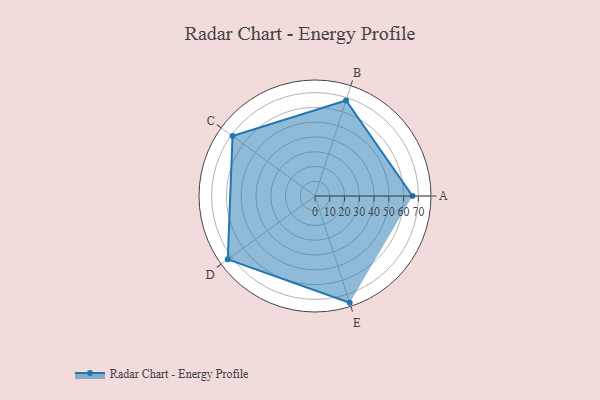
{"axis": {"x": "Skill", "y": "Score"}, "legend": ["Profile"], "data": [{"x": "A", "y": 66.0, "type": "Profile"}, {"x": "B", "y": 68.0, "type": "Profile"}, {"x": "C", "y": 69.0, "type": "Profile"}, {"x": "D", "y": 73.0, "type": "Profile"}, {"x": "E", "y": 76.0, "type": "Profile"}]}